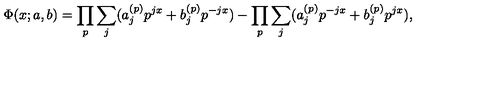
\Phi ( x ; a , b ) = \prod _ { p } \sum _ { j } ( a _ { j } ^ { ( p ) } p ^ { j x } + b _ { j } ^ { ( p ) } p ^ { - j x } ) - \prod _ { p } \sum _ { j } ( a _ { j } ^ { ( p ) } p ^ { - j x } + b _ { j } ^ { ( p ) } p ^ { j x } ) ,